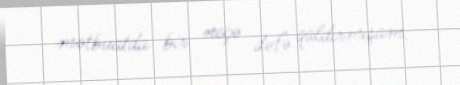
mətbuatda bir neçə dəfə qaldırmışam.